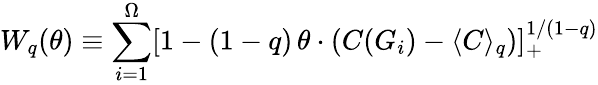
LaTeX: W_{q}(\theta)\equiv\sum_{i=1}^{\Omega}[1-(1-q)\, \theta\cdot(C(G_{i})-\langle C\rangle_{q})]_{+}^{1/(1-q)}